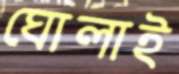
ঘোলাই